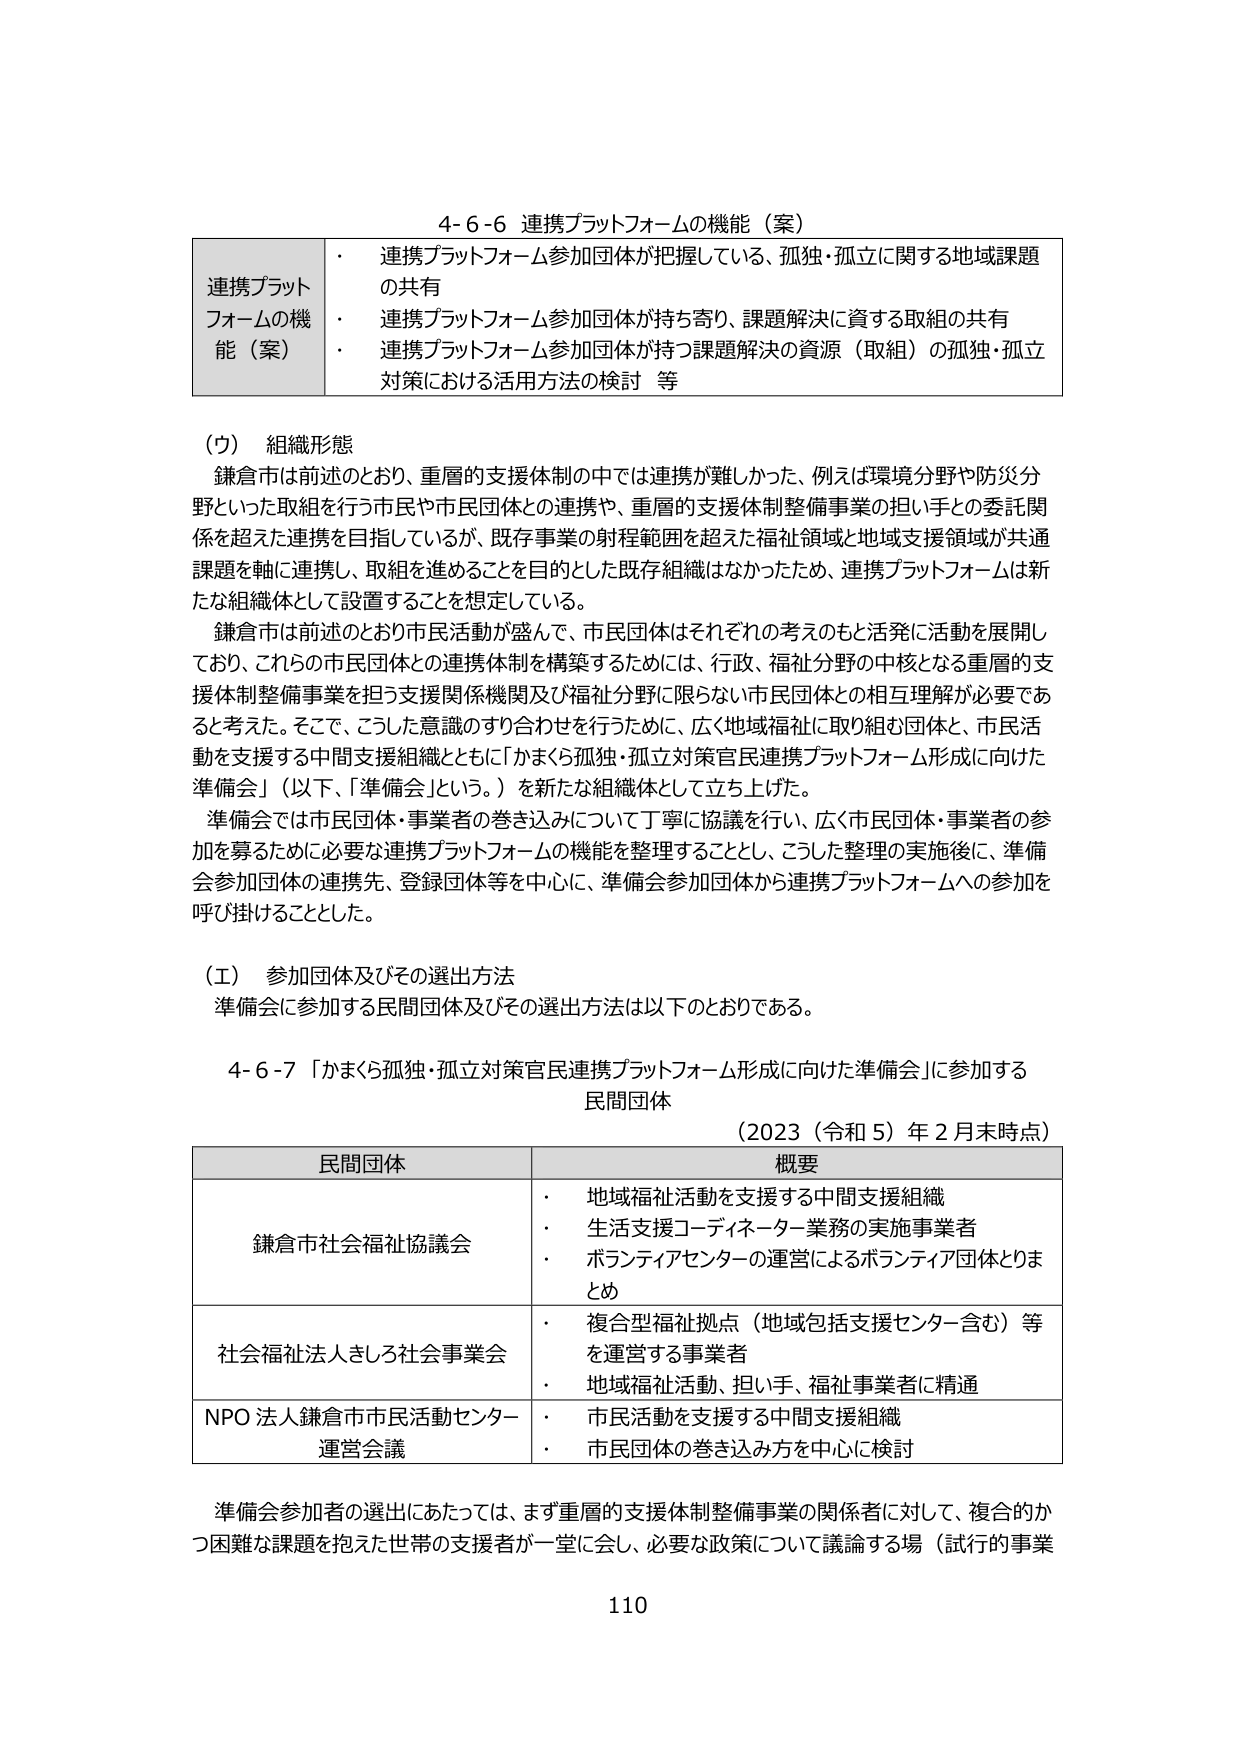
4-6-6 連携プラットフォームの機能（案）

連携プラットフォームの機能（案）
・ 連携プラットフォーム参加団体が把握している、孤独・孤立に関する地域課題の共有
・ 連携プラットフォーム参加団体が持ち寄り、課題解決に資する取組の共有
・ 連携プラットフォーム参加団体が持つ課題解決の資源（取組）の孤独・孤立対策における活用方法の検討 等

（ウ） 組織形態
鎌倉市は前述のとおり、重層的支援体制の中では連携が難しかった、例えば環境分野や防災分野といった取組を行う市民や市民団体との連携や、重層的支援体制整備事業の担い手との委託関係を超えた連携を目指しているが、既存事業の射程範囲を超えた福祉領域と地域支援領域が共通課題を軸に連携し、取組を進めることを目的とした既存組織はなかったため、連携プラットフォームは新たな組織体として設置することを想定している。
鎌倉市は前述のとおり市民活動が盛んで、市民団体はそれぞれの考えのもと活発に活動を展開しており、これらの市民団体との連携体制を構築するためには、行政、福祉分野の中核となる重層的支援体制整備事業を担う支援関係機関及び福祉分野に限らない市民団体との相互理解が必要であると考えた。そこで、こうした意識のすり合わせを行うために、広く地域福祉に取り組む団体と、市民活動を支援する中間支援組織とともに「かまくら孤独・孤立対策官民連携プラットフォーム形成に向けた準備会」（以下、「準備会」という。）を新たな組織体として立ち上げた。
準備会では市民団体・事業者の巻き込みについて丁寧に協議を行い、広く市民団体・事業者の参加を募るために必要な連携プラットフォームの機能を整理することとし、こうした整理の実施後に、準備会参加団体の連携先、登録団体等を中心に、準備会参加団体から連携プラットフォームへの参加を呼び掛けることとした。

（エ） 参加団体及びその選出方法
準備会に参加する民間団体及びその選出方法は以下のとおりである。

4-6-7 「かまくら孤独・孤立対策官民連携プラットフォーム形成に向けた準備会」に参加する民間団体
（2023（令和5）年2月末時点）

民間団体 概要
鎌倉市社会福祉協議会
・ 地域福祉活動を支援する中間支援組織
・ 生活支援コーディネーター業務の実施事業者
・ ボランティアセンターの運営によるボランティア団体とりまとめ

社会福祉法人きしろ社会事業会
・ 複合型福祉拠点（地域包括支援センター含む）等を運営する事業者
・ 地域福祉活動、担い手、福祉事業者に精通

NPO法人鎌倉市市民活動センター運営会議
・ 市民活動を支援する中間支援組織
・ 市民団体の巻き込み方を中心に検討

準備会参加者の選出にあたっては、まず重層的支援体制整備事業の関係者に対して、複合的かつ困難な課題を抱えた世帯の支援者が一堂に会し、必要な政策について議論する場（試行的事業

110